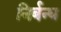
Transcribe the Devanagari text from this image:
निर्बन्ध